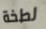
لطخة